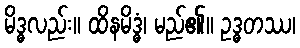
မိဒ္ဓလည်း။ ထိနမိဒ္ဓံ၊ မည်၏။ ဥဒ္ဓတဿ၊